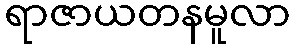
ရာဇာယတနမူလာ